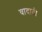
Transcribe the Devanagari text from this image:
वादाती